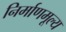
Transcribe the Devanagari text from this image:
निर्माणमूल्य